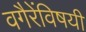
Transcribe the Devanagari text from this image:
वगैरेंविषयी